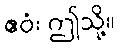
ဧဝံ၊ ဤသို့။